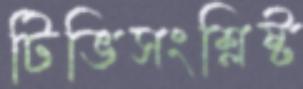
টিভিসংশ্লিষ্ট